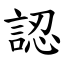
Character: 認